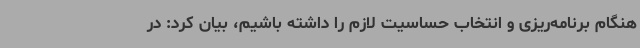
هنگام برنامه‌ریزی و انتخاب حساسیت لازم را داشته باشیم، بیان کرد: در